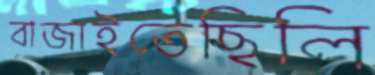
বাজাইতেছিলি